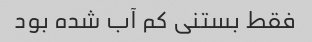
فقط بستنی کم آب شده بود